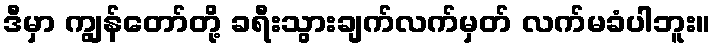
ဒီမှာ ကျွန်တော်တို့ ခရီးသွားချက်လက်မှတ် လက်မခံပါဘူး။